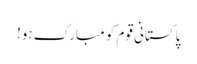
پاکستانی قوم کو مبارک ہو!